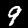
Digit: 9